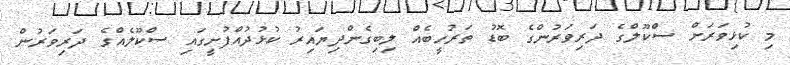
މި ކުޅިވަރަށް ސްކޫލްގެ ދަރިވަރުންގެ ބޮޑު ތަރުހީބެއް ލިބިގެންދިޔައިރު ކުޅުދުއްފުށީގައި ސްކޫލެއްގެ ދަރިވަރުން